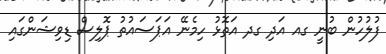
ފުލުހުން ބުނީ ގއ އަދި ގދ އަތޮޅު ހިމެނޭ އަޕަސައުތު ޕޮލިސް ޑިވިޝަންގައި